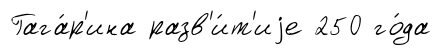
Гага́р'ина разв'и́т'иjе 250 го́да